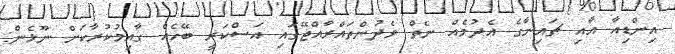
އިންޑިއާ އާއި ޗައިނާގެ އެދުމެއް ނެތް ވެދުންތައްރާއްޖޭގައި އަސްކަރީ ބޭހެއް ގާއިމުކުރާކަށް ނޫޅެން: